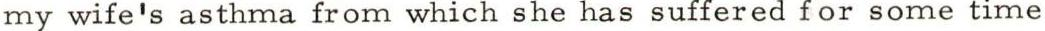
my wife's asthma from which she has suffered for some time